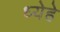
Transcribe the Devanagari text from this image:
ध्येहे